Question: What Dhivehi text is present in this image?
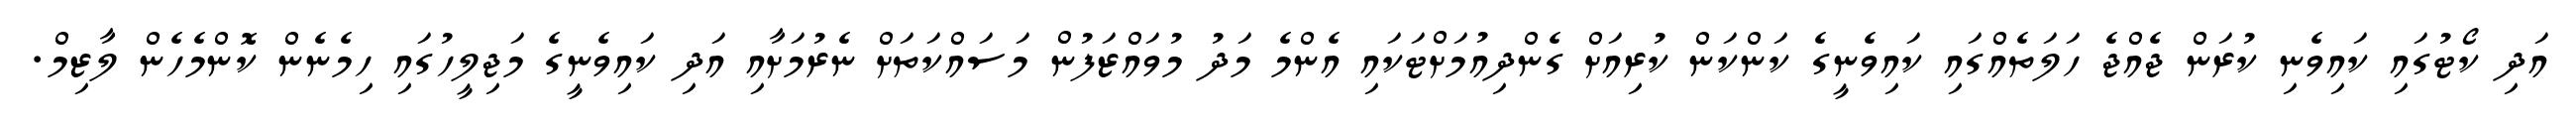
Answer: އަދި ކޯޓުގައި ކައިވެނި ކުރަން ޖެއްޖެ ހަލަތެއްގައި ކައިވެނީގެ ކަންކަން ކުރިއަށް ގެންދިއުމަށްޓަކައި އެންމެ މަދު މުވައްޒަފުން މަސައްކަތަށް ނެރުމަށާއި އަދި ކައިވެނީގެ މަޖިލީހުގައި ހިމެނެން ކޮންމެހެން ލާޒިމް.